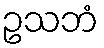
ဥသဘံ